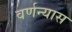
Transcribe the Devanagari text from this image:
वर्णन्यास